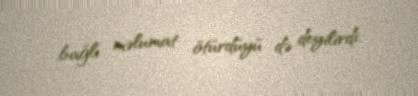
bağlı məlumat ötürdüyü də deyilirdi.